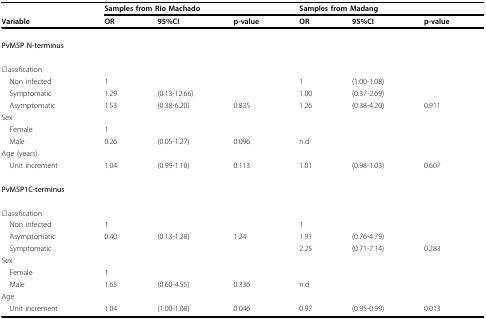
|  | <COLSPAN=3> Samples from Rio Machado | <COLSPAN=3> Samples from Madang |
 | Variable | OR | 95%CI | p-value | OR | 95%CI | p-value |
 | --- | --- | --- | --- | --- | --- | --- |
 | PvMSP N-terminus |  |  |  |  |  |  |
 | Classification |  |  |  |  |  |  |
 | Non infected | 1 |  |  | 1 | (1.00-1.08) |  |
 | Symptomatic | 1.29 | (0.13-12.66) |  | 1.00 | (0.37-2.69) |  |
 | Asymptomatic | 1.53 | (0.38-6.20) | 0.835 | 1.26 | (0.38-4.20) | 0.911 |
 | Sex |  |  |  |  |  |  |
 | Female | 1 |  |  |  |  |  |
 | Male | 0.26 | (0.05-1.27) | 0.096 | n.d |  |  |
 | Age (years) |  |  |  |  |  |  |
 | Unit increment | 1.04 | (0.99-1.10) | 0.113 | 1.01 | (0.98-1.03) | 0.607 |
 | PvMSP1C-terminus |  |  |  |  |  |  |
 | Classification |  |  |  |  |  |  |
 | Non infected | 1 |  |  | 1 |  |  |
 | Asymptomatic | 0.40 | (0.13-1.28) | 1.24 | 1.91 | (0.76-4.79) |  |
 | Symptomatic |  |  |  | 2.25 | (0.71-7.14) | 0.283 |
 | Sex |  |  |  |  |  |  |
 | Female | 1 |  |  |  |  |  |
 | Male | 1.65 | (0.60-4.55) | 0.336 | n.d |  |  |
 | Age |  |  |  |  |  |  |
 | Unit increment | 1.04 | (1.00-1.08) | 0.046 | 0.97 | (0.95-0.99) | 0.013 |